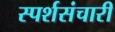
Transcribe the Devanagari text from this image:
स्पर्शसंचारी